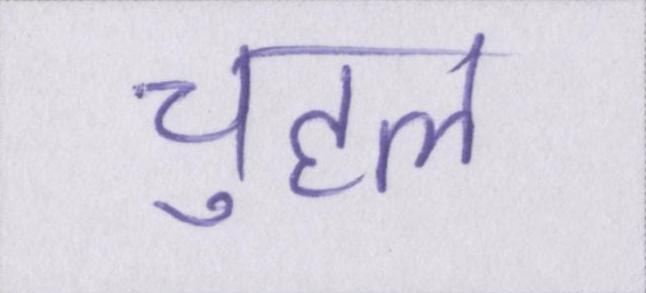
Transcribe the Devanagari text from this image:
चुहल